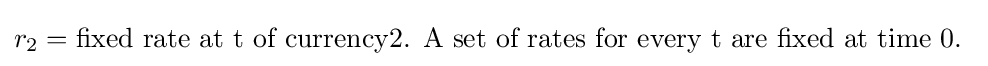
r_{2}={\text{fixed rate at t of currency2. A set of rates for every t are fixed at time 0. }}